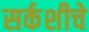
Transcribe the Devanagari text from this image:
सर्कशीचे